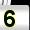
Digit: 5